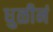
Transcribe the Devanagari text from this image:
धुळीनं